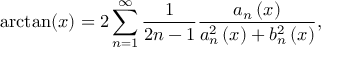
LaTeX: \arctan ( x ) = 2 \sum _ { n = 1 } ^ { \infty } { { \frac { 1 } { 2 n - 1 } } { \frac { { { a } _ { n } } \left( x \right) } { a _ { n } ^ { 2 } \left( x \right) + b _ { n } ^ { 2 } \left( x \right) } } } ,